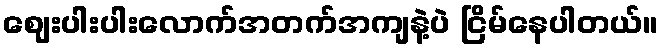
ဈေးပါးပါးလောက်အတက်အကျနဲ့ပဲ ငြိမ်နေပါတယ်။